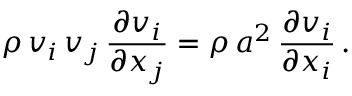
\rho \, v _ { i } \, v _ { j } \, { \frac { \partial v _ { i } } { \partial x _ { j } } } = \rho \, a ^ { 2 } \, { \frac { \partial v _ { i } } { \partial x _ { i } } } \, .